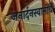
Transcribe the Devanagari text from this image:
जनार्दनस्वामींचे